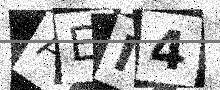
Text: AEI4